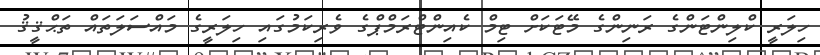
ހިލަރީ ކްލިންޓަންގެ ރަނިންގެ މޭޓަކަށް ޓިމް ކެއިންޓްރަމްޕްގެ ވެރިކަމުގައި ހިލަރީގެ މައްސަލަތައް ތަޙްޤީޤު